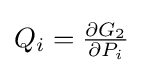
{\textstyle {Q}_{i}={\frac {\partial G_{2}}{\partial {P}_{i}}}}